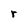
Character: r